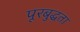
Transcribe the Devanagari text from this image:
पूरबुद्धता